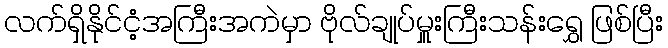
လက်ရှိနိုင်ငံ့အကြီးအကဲမှာ ဗိုလ်ချုပ်မှူးကြီးသန်းရွှေ ဖြစ်ပြီး